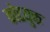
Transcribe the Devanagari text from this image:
कोटयुक्त